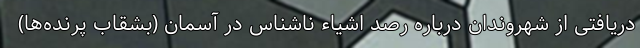
دریافتی از شهروندان درباره رصد اشیاء ناشناس در آسمان (بشقاب پرنده‌ها)